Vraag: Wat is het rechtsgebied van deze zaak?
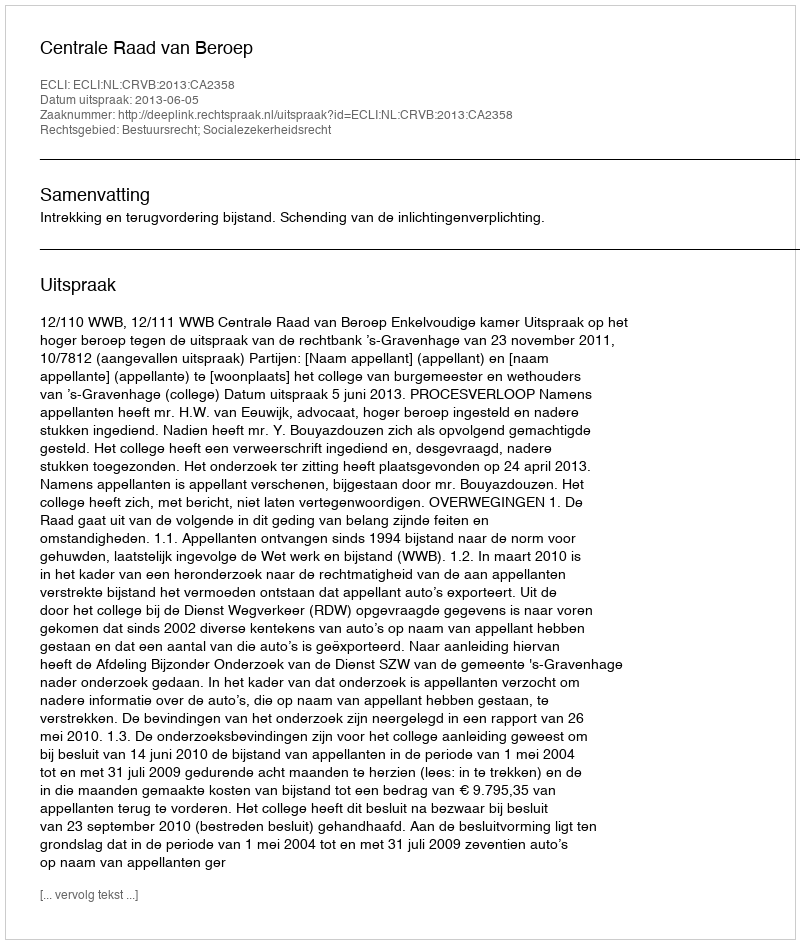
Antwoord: Bestuursrecht; Socialezekerheidsrecht